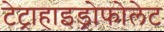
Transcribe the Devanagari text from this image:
टेट्राहाइड्रोफोलेट